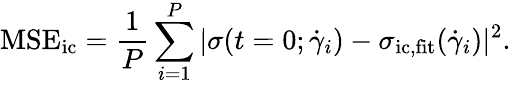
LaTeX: \mathrm{MSE_{\mathrm{ic}}}=\frac{1}{P}\sum_{i=1}^{P}|\sigma(t=0;\dot{\gamma}_{i})-\sigma_{\mathrm{ic,fit}}(\dot{\gamma}_{i})|^{2}.